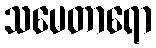
သမေတာရော